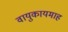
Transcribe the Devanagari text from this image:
वायुकायमाह